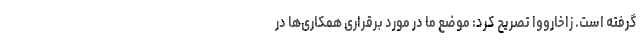
گرفته است. زاخارووا تصریح کرد: موضع ما در مورد برقراری همکاری‌ها در